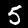
Label: 5